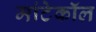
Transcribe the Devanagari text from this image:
मांटेकॉल